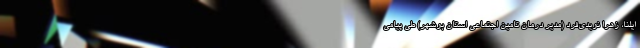
ایلنا، زهرا نویدی‌فرد (مدیر درمان تامین اجتماعی استان بوشهر) طی پیامی